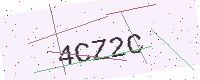
Text: 4CZ2C